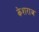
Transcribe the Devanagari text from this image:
केशराज